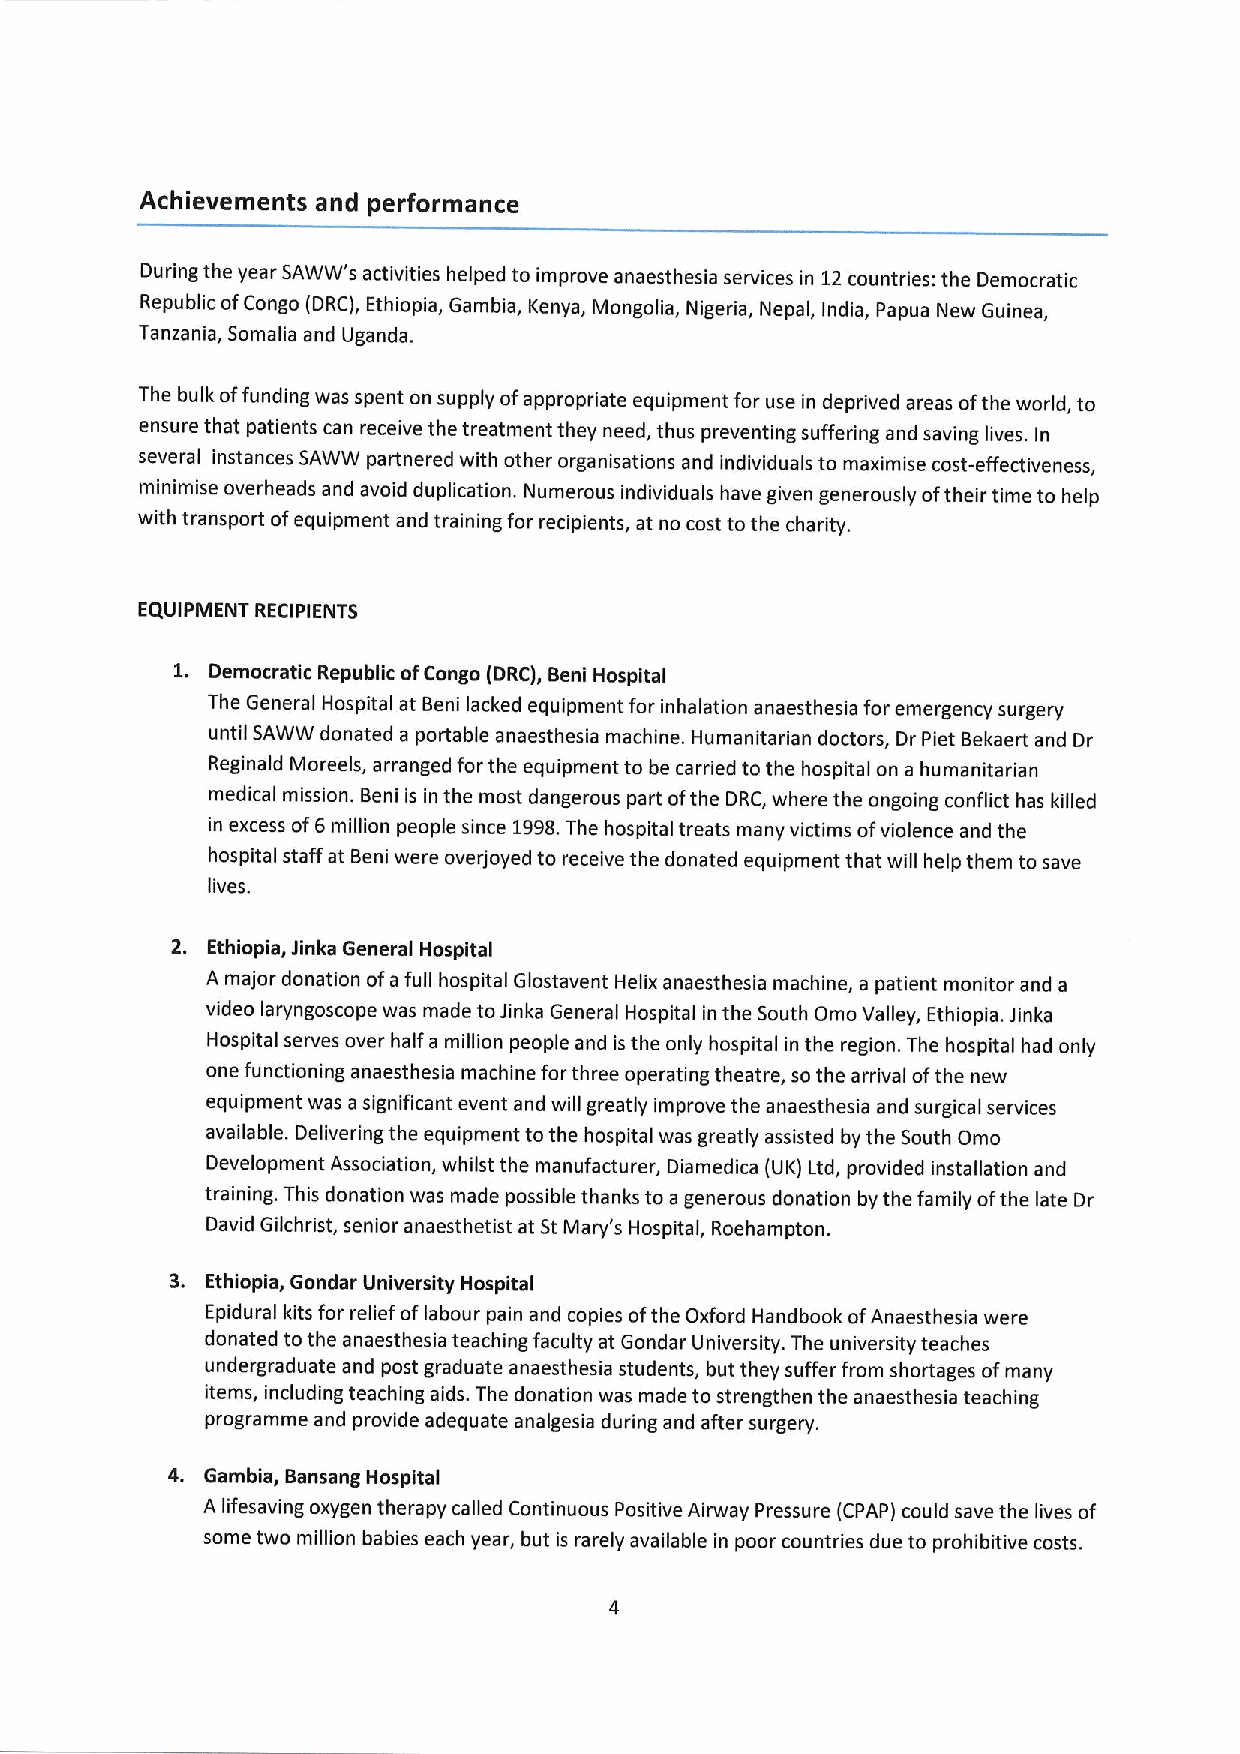
Achievements and performance
 During the year SAWW's activities helped to improve anaesthesia services in 12countries: the Democratic
 Republic ofCongo (DRC), Ethiopia, Gambia, Kenya, Mongolia, Nigeria, Nepal, India, Papua New Guinea,
 Tanzania, Somalia and Uganda.
 The bulk offunding was spent on supply ofappropriate equipment for use in deprived areas ofthe world, to
 ensure that patients can receive the treatment they need, thus preventing suffering and saving lives. In
 several instances SAWW partnered with other organisations and individuals to maximise cost-effectiveness,
 minimise overheads and avoid duplication. Numerous individuals have given generously oftheir time to help
 with transport ofequipment and training for recipients, at no cost to the charity.
 EQUIPMENT RECIPIENTS
 1. Democratic Republic ofCongo (DRC), Beni Hospital
 The General Hospital at Beni lacked equipment for inhalation anaesthesia for emergency surgery
 until SAWW donated a portable anaesthesia machine. I-lumanitarian doctors, Dr Piet Bekaert and Dr
 Reginald Moreels, arranged for the equipment to be carried to the hospital on a humanitarian
 medical mission. Beni is in the most dangerous part ofthe DRC, where the ongoing conflict has killed
 in excess of6million people since 1998.The hospital treats many victims ofviolence and the
 hospital staff at Beni were overjoyed to receive the donated equipment that will help them to save
 lives.
 2. Ethiopia, Jinka General Hospital
 A major donation ofafull hospital Glostavent Helix anaesthesia machine, a patient monitor and a
 video laryngoscope was made toJinka General Hospital in the South Omo Valley, Ethiopia. Jinka
 Hospital serves over half a million people and is the only hospital in the region. The hospital had only
 one functioning anaesthesia machine forthree operating theatre, so the arrival ofthe new
 equipment was a significant event and will greatly improve the anaesthesia and surgical services
 available. Delivering the equipment to the hospital was greatly assisted by the South Omo
 Development Association, whilst the manufacturer, Diamedica (UK) Ltd, provided installation and
 training. This donation was made possible thanks to a generous donation by the family ofthe late Dr
 David Gilchrist, senior anaesthetist at St Mary's Hospital, Roehampton.
 3. Ethiopia, Gondar University Hospital
 Epidural kits for relief oflabour pain and copies ofthe Oxford Handbook ofAnaesthesia were
 donated tothe anaesthesia teaching faculty at Gondar University. The university teaches
 undergraduate and post graduate anaesthesia students, but they suffer from shortages ofmany
 items, including teaching aids. The donation was made to strengthen the anaesthesia teaching
 programme and provide adequate analgesia during and after surgery.
 4. Gambia, Bansang Hospital
 A lifesaving oxygen therapy called Continuous Positive Airway Pressure (CPAP) could save the lives of
 some two million babies each year, but is rarely available in poor countries due to prohibitive costs.